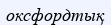
оксфордтық